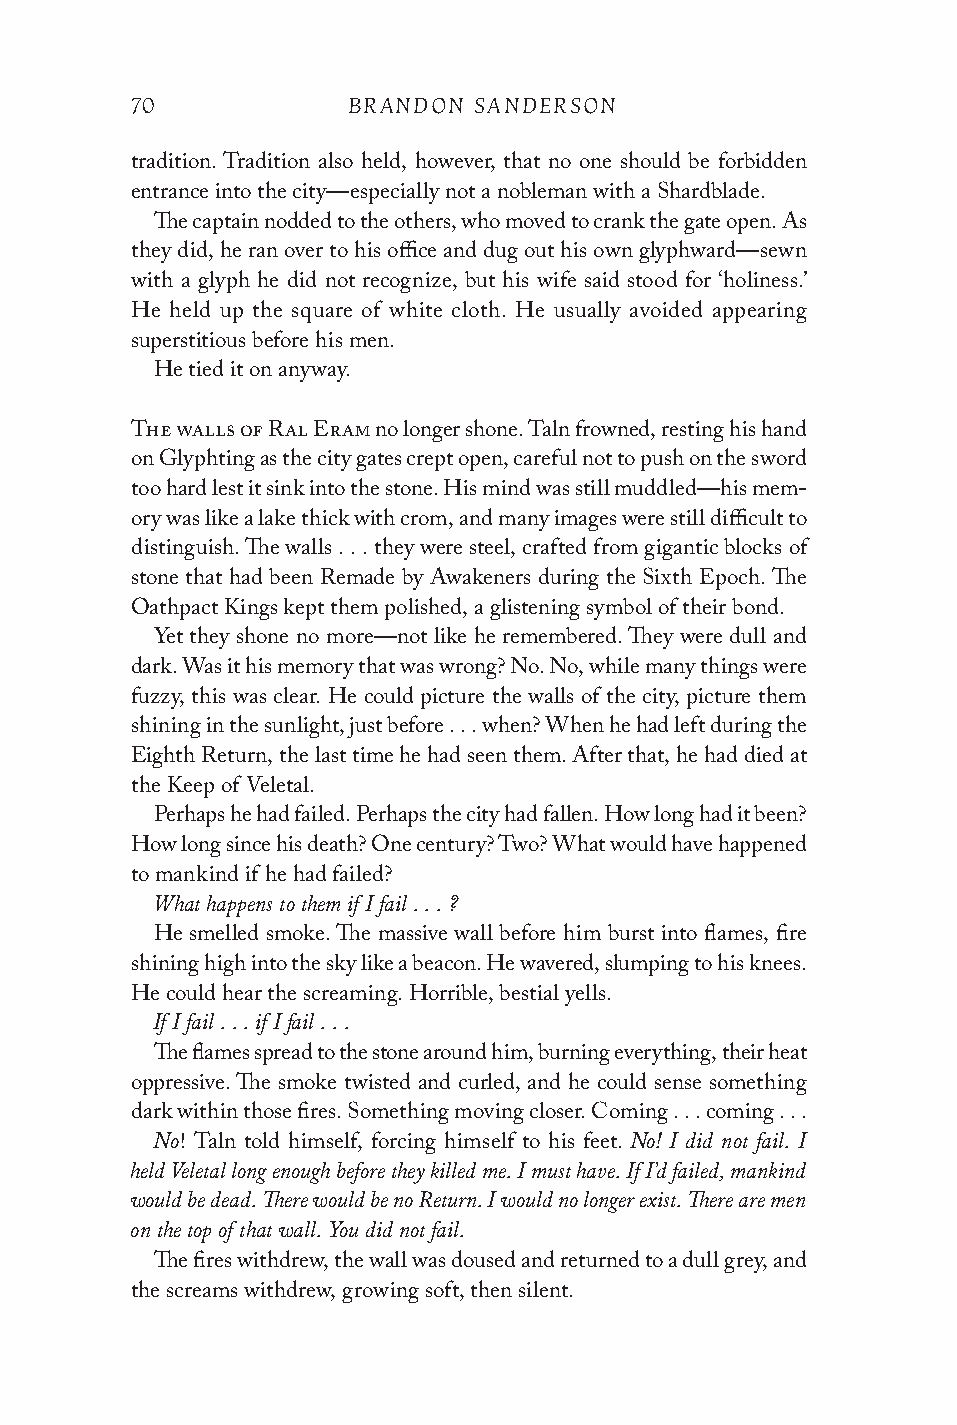
70            BRANDON SANDERSON
 tradition. Tradition also held, however, that no one should be forbidden
 entrance into the city—especially not a nobleman with a Shardblade.
 The captain nodded to the others, who moved to crank the gate open. As
 they did, he ran over to his office and dug out his own glyphward—sewn
 with a glyph he did not recognize, but his wife said stood for ‘holiness.’
 He held up the square of white cloth. He usually avoided appearing
 superstitious before his men.
 He tied it on anyway.
 The walls of Ral Eram no longer shone. Taln frowned, resting his hand
 on Glyphting as the city gates crept open, careful not to push on the sword
 too hard lest it sink into the stone. His mind was still muddled—his mem-
 ory was like a lake thick with crom, and many images were still difficult to
 distinguish. The walls . . . they were steel, crafted from gigantic blocks of
 stone that had been Remade by Awakeners during the Sixth Epoch. The
 Oathpact Kings kept them polished, a glistening symbol of their bond.
 Yet they shone no more—not like he remembered. They were dull and
 dark. Was it his memory that was wrong? No. No, while many things were
 fuzzy, this was clear. He could picture the walls of the city, picture them
 shining in the sunlight, just before . . . when? When he had left during the
 Eighth Return, the last time he had seen them. After that, he had died at
 the Keep of Veletal.
 Perhaps he had failed. Perhaps the city had fallen. How long had it been?
 How long since his death? One century? Two? What would have happened
 to mankind if he had failed?
 What happens to them if I fail . . . ?
 He smelled smoke. The massive wall before him burst into flames, fire
 shining high into the sky like a beacon. He wavered, slumping to his knees.
 He could hear the screaming. Horrible, bestial yells.
 If I fail . . . if I fail . . .
 The flames spread to the stone around him, burning everything, their heat
 oppressive. The smoke twisted and curled, and he could sense something
 dark within those fires. Something moving closer. Coming . . . coming . . .
 No                              No! I did not fail. I
 ! Taln told himself, forcing himself to his feet.
 held Veletal long enough before they killed me. I must have. If I’d failed, mankind
 would be dead. There would be no Return. I would no longer exist. There are men
 on the top of that wall. You did not fail.
 The fires withdrew, the wall was doused and returned to a dull grey, and
 the screams withdrew, growing soft, then silent.